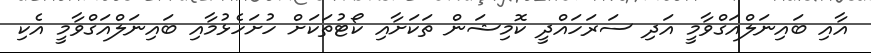
އާއި ބައިނަލްއަގްވާމީ އަދި ސަރަހައްދީ ކޮމިޝަން ތަކަށާއި ކޯޓުތަކަށް ހުށަހެޅުމާއި ބައިނަލްއަގްވާމީ އެކި